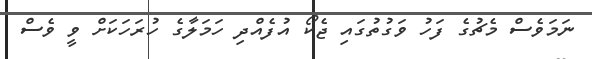
ނަމަވެސް މެޗުގެ ފަހު ވަގުތުގައި ޖެކޯ އުފެއްދި ހަމަލާގެ ހުރަހަކަށް ވީ ވެސް